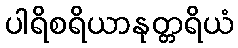
ပါရိစရိယာနုတ္တရိယံ